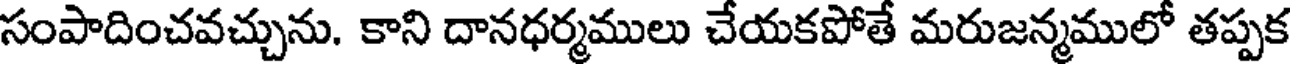
సంపాదించవచ్చును. కాని దానధర్మములు చేయకపోతే మరుజన్మములో తప్పక